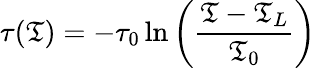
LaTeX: \tau(\mathfrak{T})=-\tau_{0}\ln\left(\frac{{\mathfrak{T}-\mathfrak{T}_{L}}}{{\mathfrak{T}_{0}}}\right)